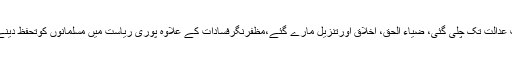
یہاں تک کہ اکھلیش حکومت نوجوانوں کی رہائی کے خلاف عدالت تک چلی گئی، ضیاء الحق، اخلاق اورتنزیل مارے گئے،مظفرنگرفسادات کے علاوہ پوری ریاست میں مسلمانوں کوتحفظ دینے میں اکھلیش ناکام اورنرم ہندوتواکی پالیسی پرگامزن رہے۔